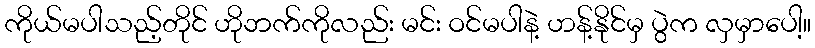
ကိုယ်မပါသည့်တိုင် ဟိုဘက်ကိုလည်း မင်း ဝင်မပါနဲ့ ဟန့်နိုင်မှ ပွဲက လှမှာပေါ့။